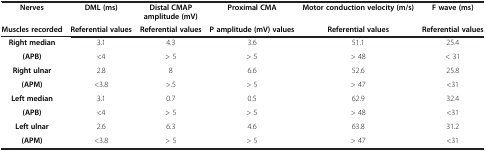
| Nerves | DML (ms) | Distal CMAP amplitude (mV) | Proximal CMA | Motor conduction velocity (m/s) | F wave (ms) |
 | Muscles recorded | Referential values | Referential values | P amplitude (mV) values | Referential values | Referential values |
 | --- | --- | --- | --- | --- | --- |
 | Right median | 3.1 | 4.3 | 3.6 | 51.1 | 25.4 |
 | (APB) | <4 | > 5 | > 5 | > 48 | <31 |
 | Right ulnar | 2.8 | 8 | 6.6 | 52.6 | 25.8 |
 | (APM) | <3.8 | >.5 | > 5 | > 47 | <31 |
 | Left median | 3.1 | 0.7 | 0.5 | 62.9 | 32.4 |
 | (APB) | <4 | > 5 | > 5 | > 48 | <31 |
 | Left ulnar | 2.6 | 6.3 | 4.6 | 63.8 | 31.2 |
 | (APM) | <3.8 | > 5 | > 5 | > 47 | <31 |